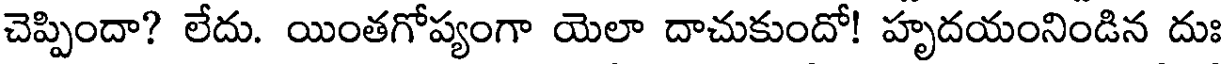
చెప్పిందా? లేదు. యింతగోప్యంగా యెలా దాచుకుందో! హృదయంనిండిన దుః